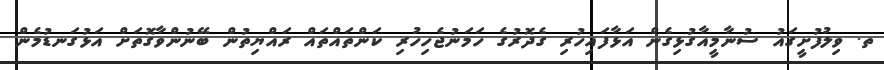
ތ. ވިލުފުށީގައު ސުނާމީއާގުޅިގެން އަޅާފައިހުރި ގެދޮރުގެ ހަމަނުޖެހިހުރި ކަންތައްތައް ރައްޔިތުން ބޭނުންވާގޮތަށް އަޅުގަނޑުމެން